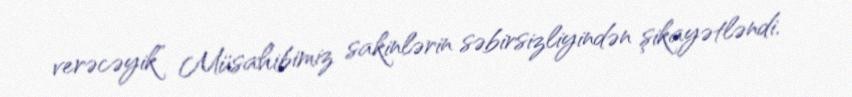
verəcəyik” Müsahibimiz sakinlərin səbirsizliyindən şikayətləndi.